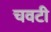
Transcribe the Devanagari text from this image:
चवटी